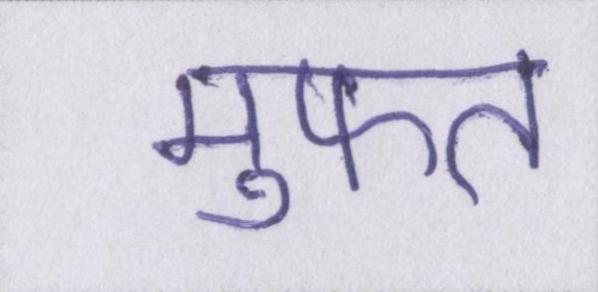
मुफ्त